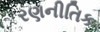
રણનીતિક